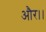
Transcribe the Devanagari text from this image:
और।।